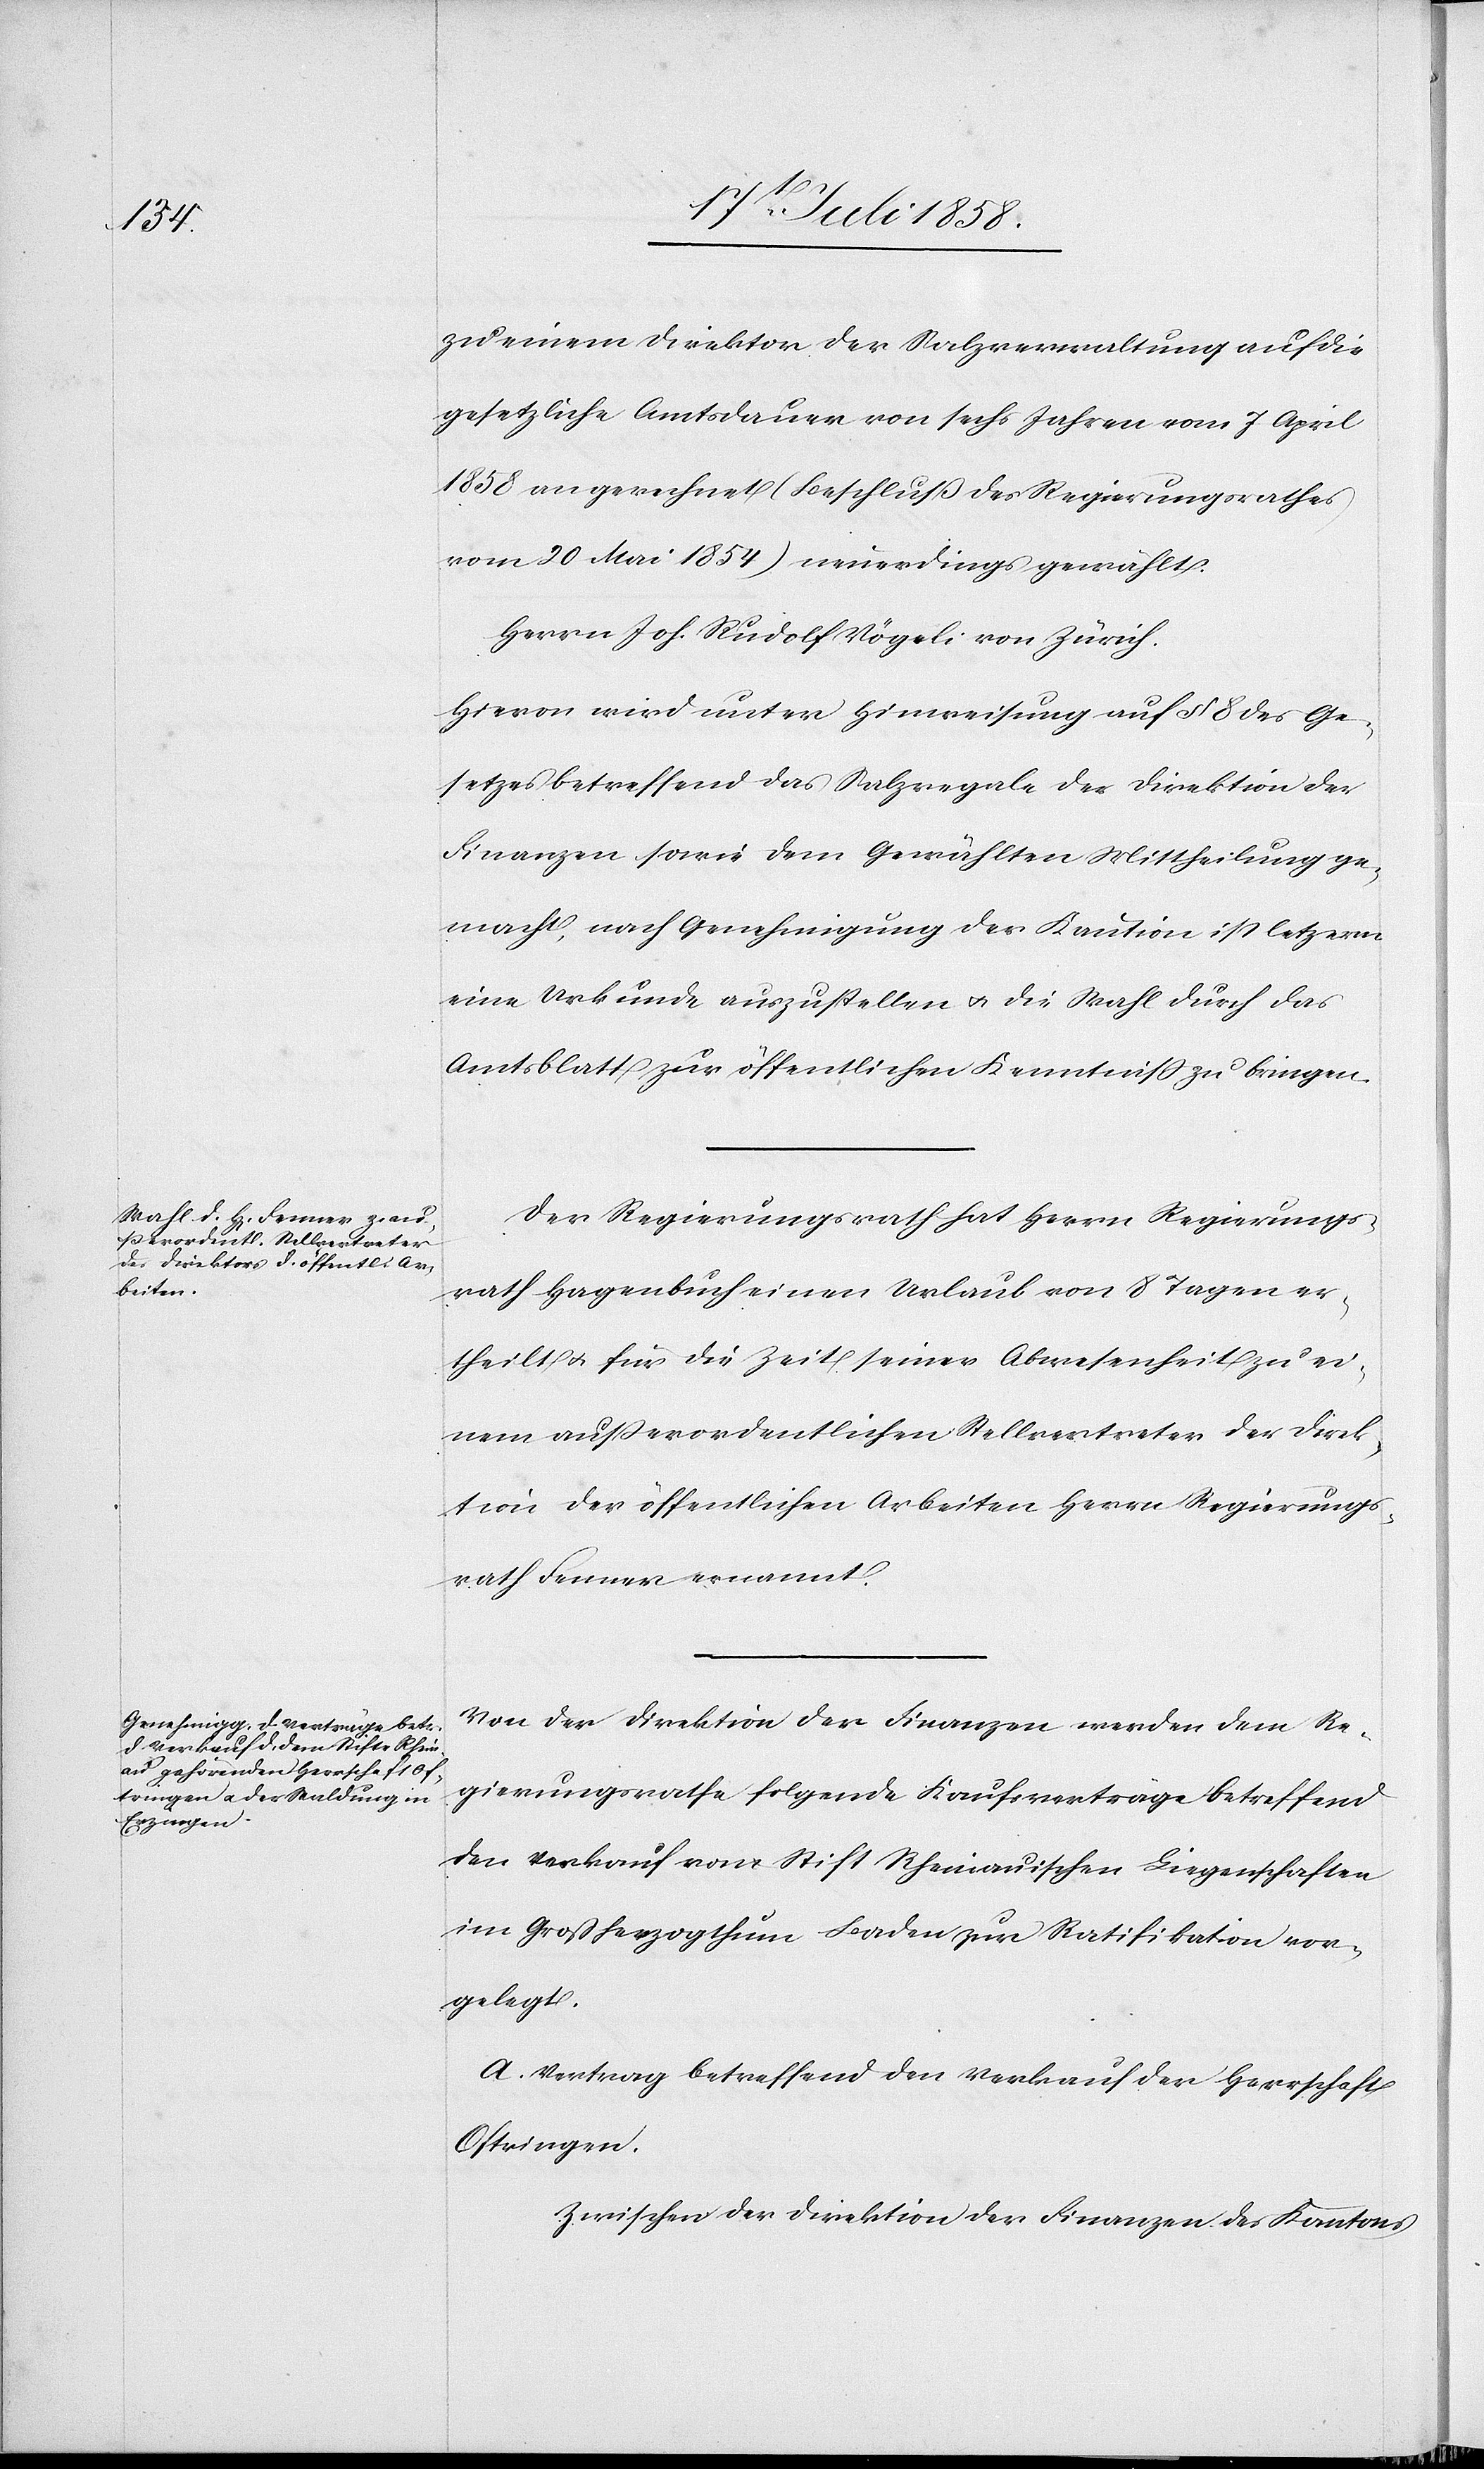
zu einem Direktor der Salzverwaltung auf die
gesetzliche Amtsdauer von sechs Jahren vom 7 April
1858 an gerechnet (Beschluß des Regierungsrathes
vom 20 Mai 1854) neuerdings gewählt:
Herrn Joh. Rudolf Vögeli von Zürich.
Hievon wird unter Hinweisung auf § 8 des Ge¬
setzes betreffend das Salzregale der Direktion der
Finanzen sowie dem Gewählten Mittheilung ge¬
macht, nach Genehmigung der Kaution ist letz[t]erm
eine Urkunde auszustellen & die Wahl durch das
Amtsblatt zur öffentlichen Kenntniss zu bringen.
Der Regierungsrath hat Herrn Regierungs¬
rath Hagenbuch einen Urlaub von 8 Tagen er¬
theilt & für die Zeit seiner Abwesenheit zu ei¬
nem ausserordentlichen Stellvertreter der Direk¬
tion der öffentlichen Arbeiten Herrn Regierungs¬
rath Fenner ernannt.
Von der Direktion der Finanzen werden dem Re¬
gierungsrathe folgende Kaufsverträge betreffend
den Verkauf von Stift Rheinauischen Liegenschaften
im Großherzogthum Baden zur Ratifikation vor¬
gelegt.
A. Vertrag betreffend den Verkauf der Herrschaft
Oftringen.
Zwischen der Direktion der Finanzen des Kantons